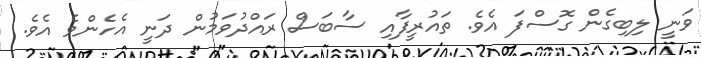
ވަނީ ލިބިގެން ގޮސްފަ އެވެ. ތައުރީފާއި ސާބަސް ރައްދުވަމުން ދަނީ އެހެންވެ އެވެ.